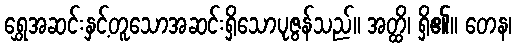
ရွှေအဆင်းနှင့်တူသောအဆင်းရှိသောပုဇွန်သည်။ အတ္ထိ၊ ရှိ၏။ တေန၊